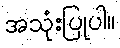
အသုံးပြုပါ။